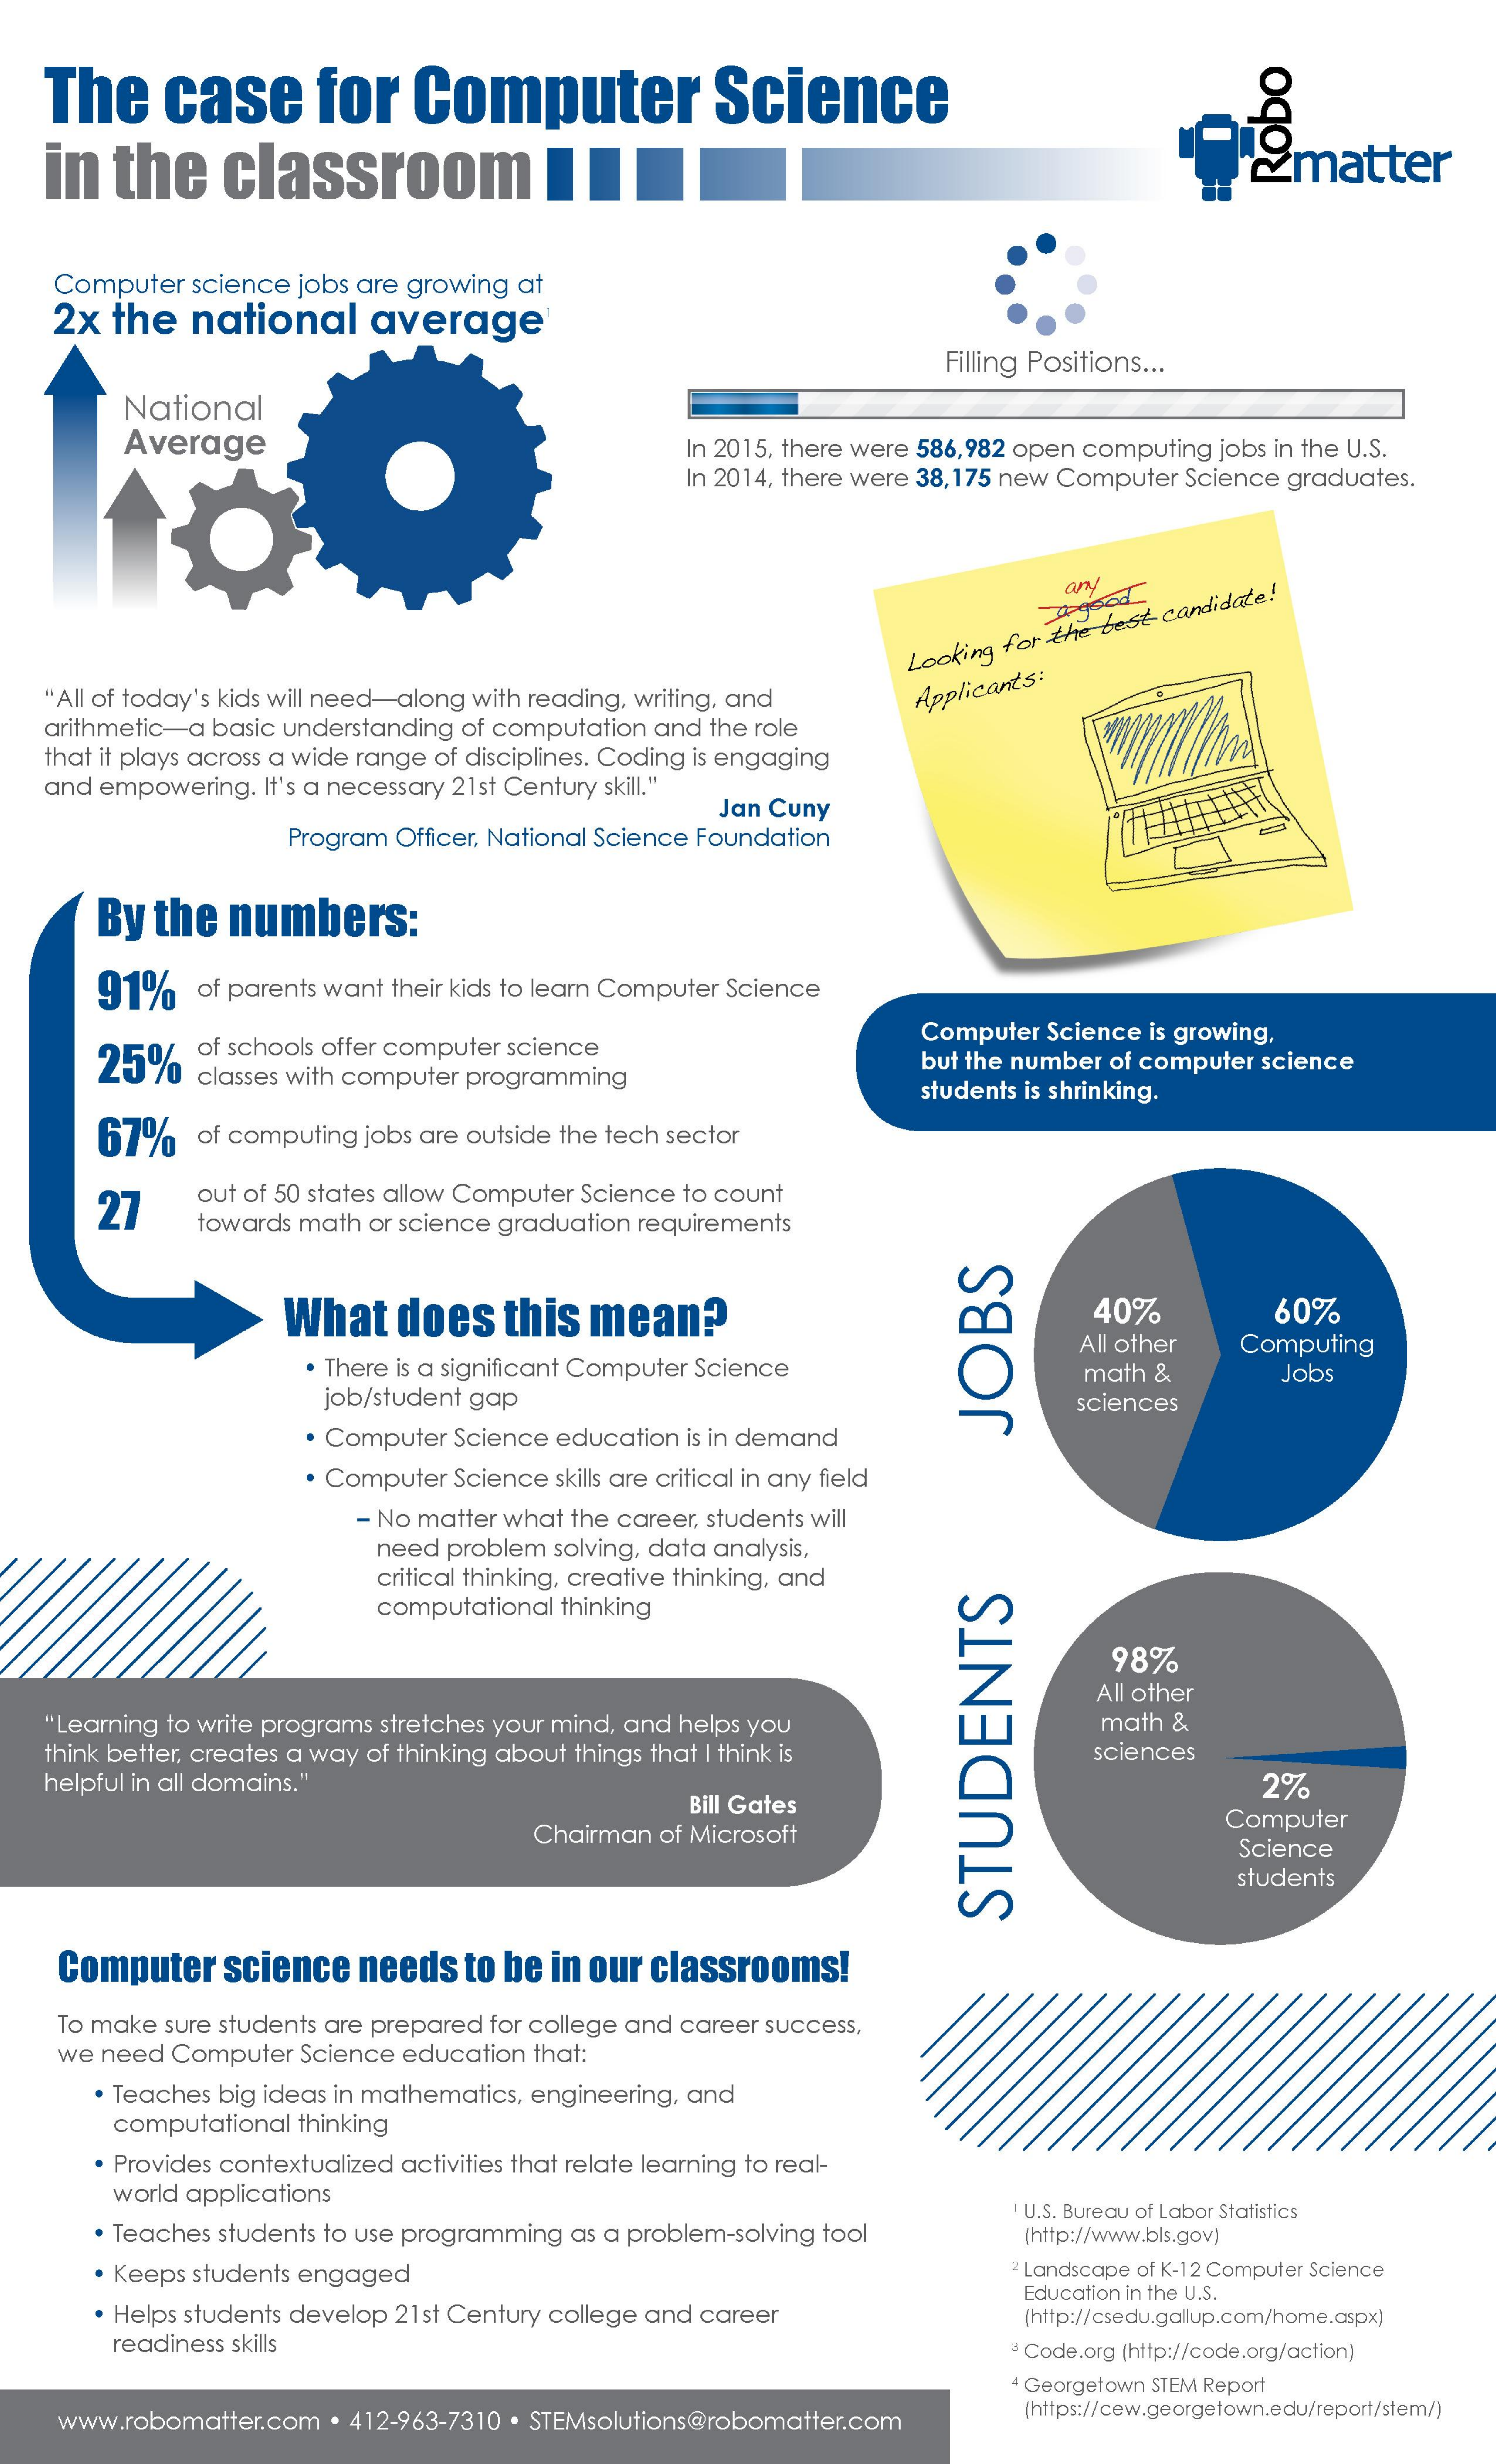
The    case    for   Computer    Science
   in   the    classroom    I    19matter Robo
    Computer  science jobs are growing at
    2x  the   national    average'
     Filling Positions ...
     National
     Average    In 2015, there were 586, 982 open computing jobs in the U.S.
     In 2014, there were 38,175 new Computer Science graduates.
     any
     whysed
     Looking for the best
     candidate!
   "All of today's kids will need-along with reading, writing, and
    arithmetic-a basic understanding of computation and the role
     Applicants
     :
   that it plays across a wide range of disciplines. Coding is engaging
    and empowering. It's a necessary 21st Century skill."
     Jan Cuny
     Program Officer, National Science Foundation
     By  the  numbers:
     91%    of parents want their kids to learn Computer Science
     25%    of schools offer computer science
     Computer Science is growing,
     classes with computer programming
     but the number of computer science
     students is shrinking.
     67%    of computing jobs are outside the tech sector
     27    out of 50 states allow Computer Science to count
     towards math or science graduation requirements
     What    does   this   mean?    40%    60%
     . There is a significant Computer Science
     All other  Computing
     job/student gap
     math &    Jobs
     sciences
     . Computer Science education is in demand
     JOBS
     . Computer Science skills are critical in any field
     - No matter what the career, students will
     need problem solving, data analysis,
     critical thinking, creative thinking, and
     computational thinking
     98%
     All other
    "Learning to write programs stretches your mind, and helps you    math &
   think better, creates a way of thinking about things that I think is    sciences
   helpful in all domains."
     Bill Gates
     2%
     Chairman of Microsoft
     Computer
     Science
     students
     STUDENTS
    Computer    science   needs   to be in our classrooms!
    To make sure students are prepared for college and career success,
    we need Computer  Science education that:
     . Teaches big ideas in mathematics, engineering, and
     computational thinking
     Provides contextualized activities that relate learning to real-
     world applications
     Teaches students to use programming as a problem-solving tool
     1 U.S. Bureau of Labor Statistics
     (http://www.bls.gov)
     . Keeps students engaged    2 Landscape of K-12 Computer Science
     · Helps students develop 21st Century college and career
     Education in the U.S.
     (http://csedu.gallup.com/home.aspx)
     readiness skills    3 Code.org (http://code.org/action)
     Georgetown STEM Report
    www.robomatter.com  . 412-963-7310 . STEMsolutions@robomatter.com    (https://cew.georgetown.edu/report/stem/)